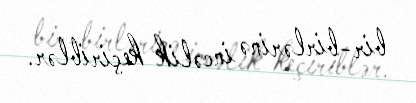
bir-birlərinə incəlik keçiriblər.